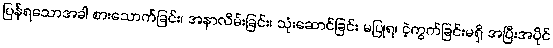
ပြန်ရသောအခါ စားသောက်ခြင်း၊ အနာလိမ်းခြင်း၊ သုံးဆောင်ခြင်း မပြုရ၊ ငဲ့ကွက်ခြင်းမရှိ အပြီးအပိုင်